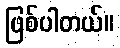
ဖြစ်ပါတယ်။